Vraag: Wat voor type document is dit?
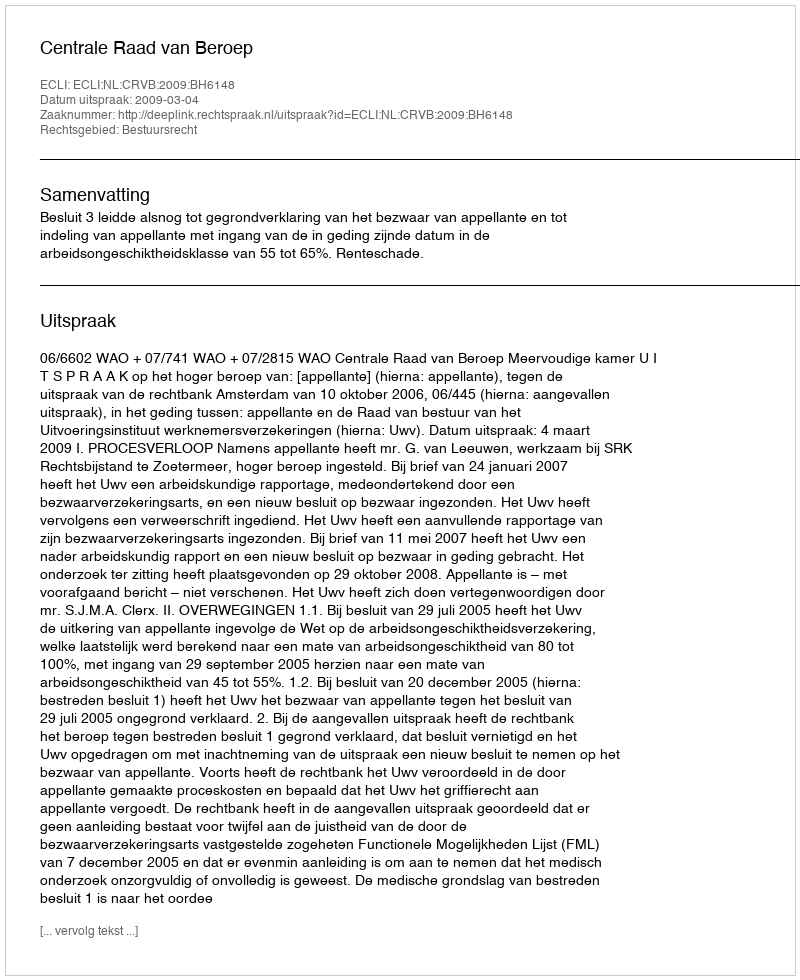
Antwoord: Uitspraak